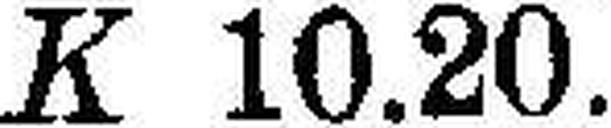
K 10.20.